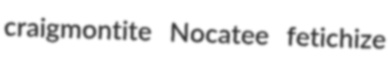
craigmontite Nocatee fetichize